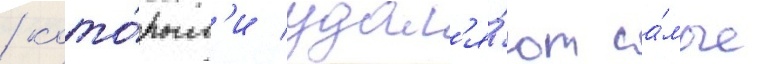
/ кото́рым'и удал'я́ют са́мые